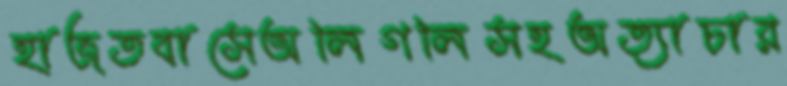
হাজতবাসেঅলিগলিসহঅত্যাচার